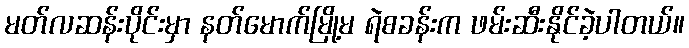
မတ်လဆန်းပိုင်းမှာ နတ်မောက်မြို့မ ရဲစခန်းက ဖမ်းဆီးနိုင်ခဲ့ပါတယ်။